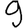
Digit: 9